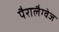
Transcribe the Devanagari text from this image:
पैरालैग्वेज